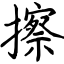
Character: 擦